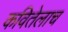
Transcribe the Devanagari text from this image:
कवितेलाच